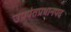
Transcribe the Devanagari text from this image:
उपपंतप्रधानपद